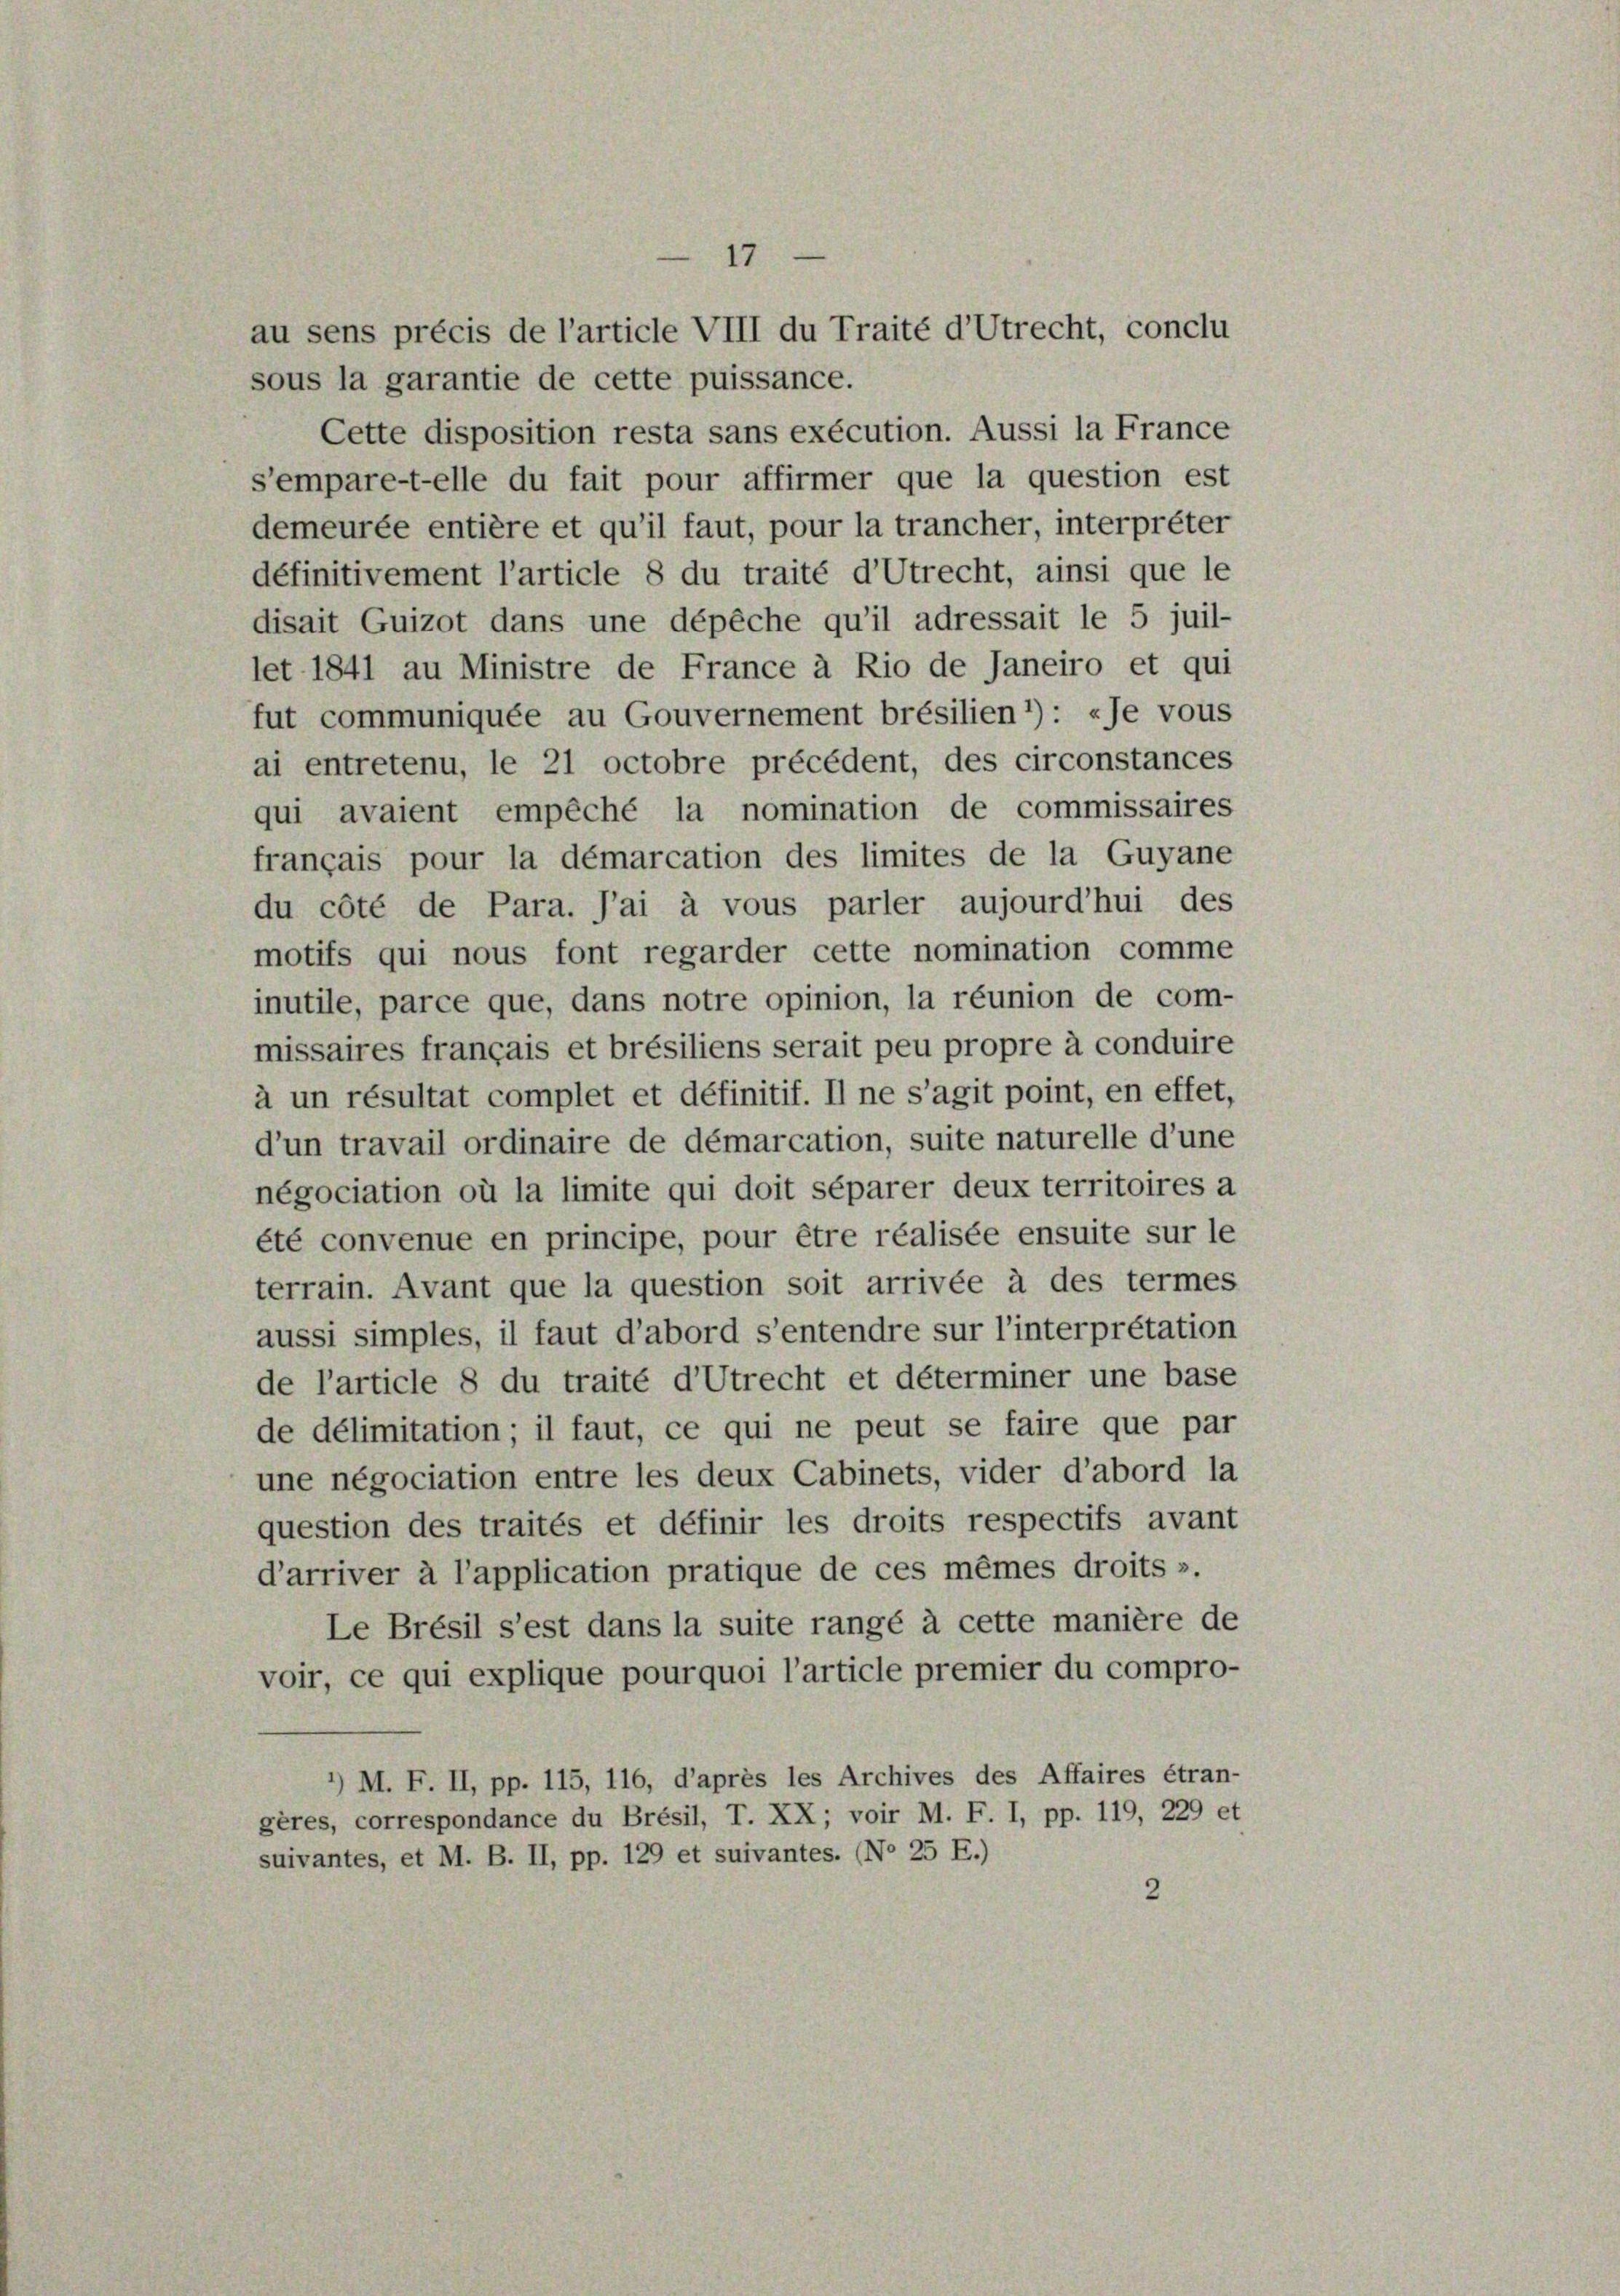
au sens précis de l’article VIII du Traité d’Utrecht, conclu
sous la garantie de cette puissance.
Cette disposition resta sans exécution. Aussi la France
s’empare-t-elle du fait pour affirmer que la question est
demeurée entière et qu’il faut, pour la trancher, interprêter
définitivement l’article 8 du traité d’Utrecht, ainsi que le
disait Guizot dans une dépêche qu’il adressait le 5 juil-
let 1841 au Ministre de France à Rio de Janeiro et qui
fut communiquée au Gouvernement brésilien ’) : «Je vous
ai entretenu, le 21 octobre précédent, des circonstances
qui avaient empêché la nomination de commissaires
français pour la démarcation des limites de la Guyane
du côté de Para. Jai à vous parler aujourd’hui des
motifs qui nous font regarder cette nomination comme
inutile, parce que, dans notre opinion, la réunion de com-
missaires français et brésiliens serait peu propre à conduire
à un résultat complet et définitif. Il ne s’agit point, en effet,
d’un travail ordinaire de démarcation, suite naturelle d’une
négociation où la limite qui doit séparer deux territoires a
été convenue en principe, pour être réalisée ensuite sur le
terrain. Avant que la question soit arrivée à des termes
aussi simples, il faut d’abord s’entendre sur l’interpretation
de l’article 8 du traité d’Utrecht et déterminer une base
de délimitation; il faut, ce qui ne peut se faire que par
une négociation entre les deux Cabinets, vider d’abord la
question des traités et définir les droits respectifs avant
d’arriver à l’application pratique de ces mêmes droits ».
Le Brésil s’est dans la suite rangé à cette manière de
voir, ce qui explique pourquoi l’article premier du compro-
’) M. F. II, pp. 115, 116, d’après les Archives des Affaires étran-
gères, correspondance du Brésil, T. XX; voir M. F. I, pp. 119, 229 e
suivantes, et M. B. II, pp. 129 et suivantes. (No 25 E.)
2

t